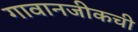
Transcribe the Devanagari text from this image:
गावानजीकची